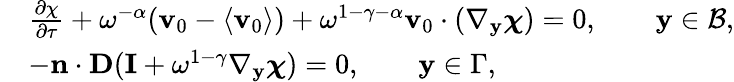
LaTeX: \begin{array}{rl}&{\frac{\partial\chi}{\partial\tau}+\omega^{-\alpha}(\mathbf v_{0}-\langle\mathbf v_{0}\rangle)+\omega^{1-\gamma-\alpha}\mathbf v_{0}\cdot(\nabla_{\mathbf y}\boldsymbol{\chi})=0,\qquad\mathbf y\in\mathcal B,}\\ &{-\mathbf n\cdot\textbf{D}(\mathbf I+\omega^{1-\gamma}\nabla_{\mathbf y}\boldsymbol{\chi})=0,\qquad\mathbf y\in{\Gamma},}\end{array}